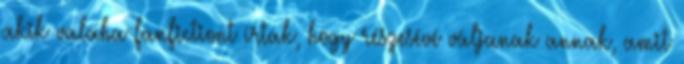
akik valaha fanfictiont írtak, hogy részesévé váljanak annak, amit